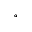
^ \circ